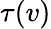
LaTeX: \tau(v)